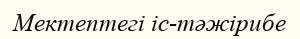
Мектептегі іс-тәжірибе